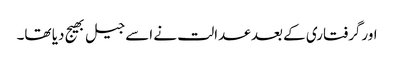
اورگرفتاری کے بعد عدالت نے اسے جیل بھیج دیا تھا۔